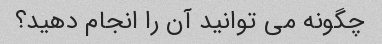
چگونه می توانید آن را انجام دهید؟